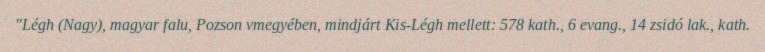
"Légh (Nagy), magyar falu, Pozson vmegyében, mindjárt Kis-Légh mellett: 578 kath., 6 evang., 14 zsidó lak., kath.